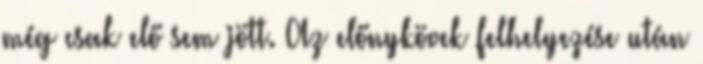
még csak elő sem jött. Az előnykövek felhelyezése után